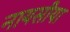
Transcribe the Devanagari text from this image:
नायसीया